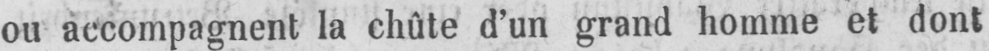
ou accompagnent la chûte d’un grand homme et dont